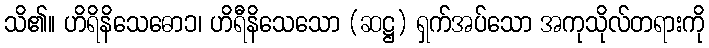
သိ၏။ ဟိရိနိသေဓော၁၊ ဟိရီနိသေသော (ဆဋ္ဌ) ရှက်အပ်သော အကုသိုလ်တရားကို